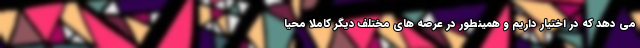
می دهد که در اختیار داریم و همینطور در عرصه های مختلف دیگر کاملا محیا